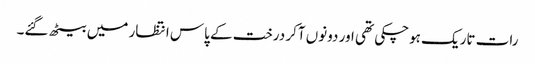
رات تاریک ہوچکی تھی اور دونوں آکر درخت کے پاس انتظار میں بیٹھ گئے۔